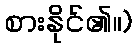
စားနိုင်၏။)